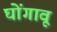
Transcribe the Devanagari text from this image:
घोंगावू